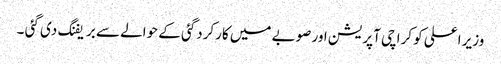
وزیر اعلی کو کراچی آپریشن اور صوبے میں کارکردگئی کے حوالے سے بریفنگ دی گئی ۔